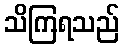
သိကြရသည်